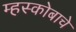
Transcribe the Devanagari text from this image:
म्हस्कोबाचे